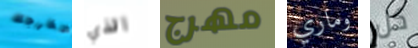
تخرجك الذي مهرج وماري كل